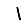
Digit: 1